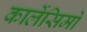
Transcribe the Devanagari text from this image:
कार्लेसिमो